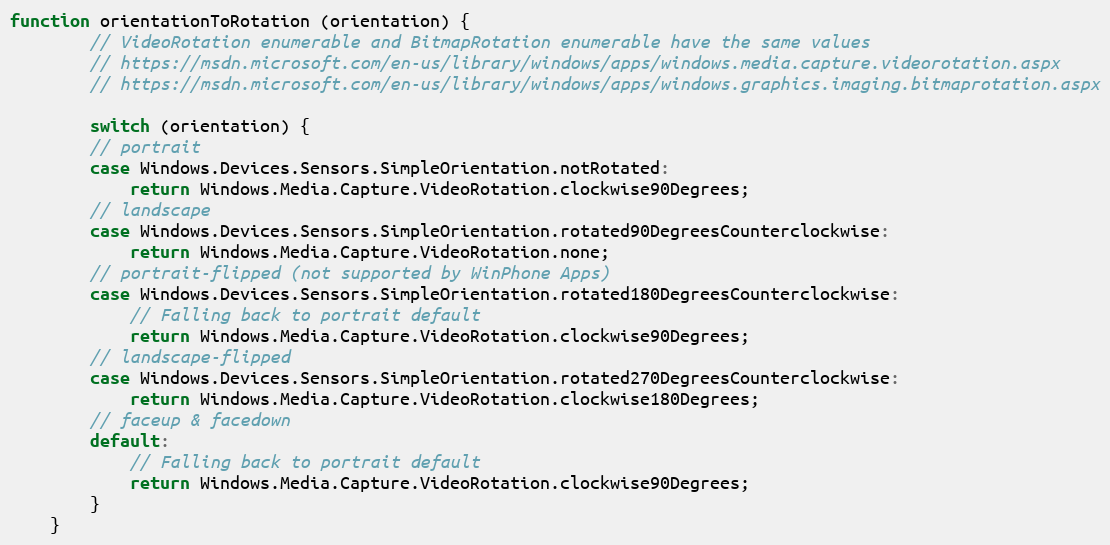
Language: JavaScript
function orientationToRotation (orientation) {
        // VideoRotation enumerable and BitmapRotation enumerable have the same values
        // https://msdn.microsoft.com/en-us/library/windows/apps/windows.media.capture.videorotation.aspx
        // https://msdn.microsoft.com/en-us/library/windows/apps/windows.graphics.imaging.bitmaprotation.aspx

        switch (orientation) {
        // portrait
        case Windows.Devices.Sensors.SimpleOrientation.notRotated:
            return Windows.Media.Capture.VideoRotation.clockwise90Degrees;
        // landscape
        case Windows.Devices.Sensors.SimpleOrientation.rotated90DegreesCounterclockwise:
            return Windows.Media.Capture.VideoRotation.none;
        // portrait-flipped (not supported by WinPhone Apps)
        case Windows.Devices.Sensors.SimpleOrientation.rotated180DegreesCounterclockwise:
            // Falling back to portrait default
            return Windows.Media.Capture.VideoRotation.clockwise90Degrees;
        // landscape-flipped
        case Windows.Devices.Sensors.SimpleOrientation.rotated270DegreesCounterclockwise:
            return Windows.Media.Capture.VideoRotation.clockwise180Degrees;
        // faceup & facedown
        default:
            // Falling back to portrait default
            return Windows.Media.Capture.VideoRotation.clockwise90Degrees;
        }
    }